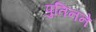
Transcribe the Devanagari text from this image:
पुतिनने